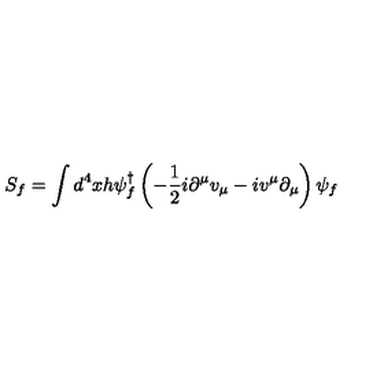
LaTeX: S _ { f } = \int d ^ { 4 } x h \psi _ { f } ^ { \dagger } \left( - \frac { 1 } { 2 } i \partial ^ { \mu } v _ { \mu } - i v ^ { \mu } \partial _ { \mu } \right) \psi _ { f }